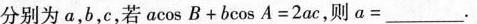
分别为a，b，c，若$$a\cos B + b\cos A = 2ac $$，则a=______。